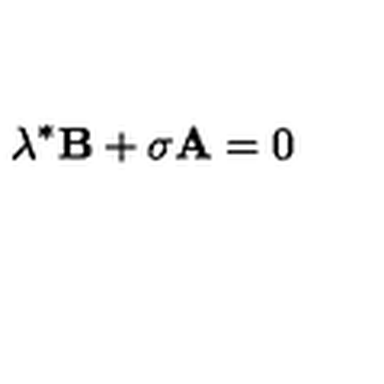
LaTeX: \lambda ^ { * } \mathbf { B } + \sigma \mathbf { A } = 0